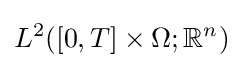
L^{2}([0,T]\times \Omega ;\mathbb {R} ^{n})